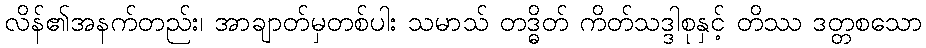
လိန်၏အနက်တည်း၊ အာချာတ်မှတစ်ပါး သမာသ် တဒ္ဓိတ် ကိတ်သဒ္ဒါစုနှင့် တိဿ ဒတ္တစသော